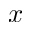
x